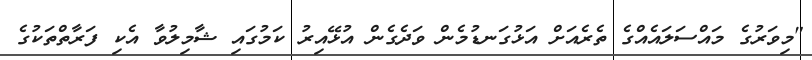
"މިވަރުގެ މައްސަލައެއްގެ ތެރެއަށް އަޅުގަނޑުމެން ވަދެގެން އުޅޭއިރު ކަމުގައި ޝާމިލުވާ އެކި ފަރާތްތަކުގެ